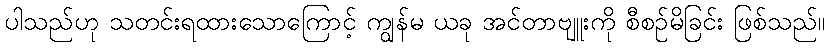
ပါသည်ဟု သတင်းရထားသောကြောင့် ကျွန်မ ယခု အင်တာဗျူးကို စီစဉ်မိခြင်း ဖြစ်သည်။